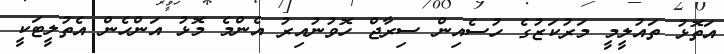
އަތޮޅު ތައުލީމީ މަރުކަޒުގެ ހުސެއިން ސިރާޖް ހޮވުނުއިރު އެންމެ މޮޅު އަންހެން އެތުލީޓަކީ